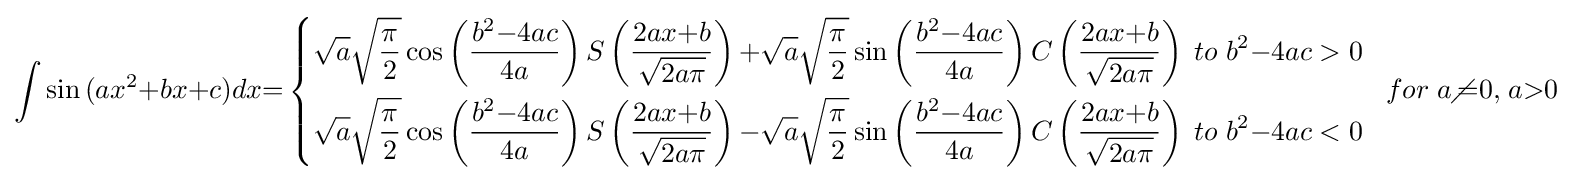
\int {\sin {\mathrm {(} }{ax}^{2}\mathrm {+} {bx}\mathrm {+} {c}{\mathrm {)} }{dx}}\mathrm {=} \left\{{\begin{aligned}&{{\sqrt {a}}{\sqrt {\frac {\mathit {\pi }}{2}}}\cos \left({\frac {{b}^{2}\mathrm {-} {4}{ac}}{4a}}\right){S}\left({\frac {{2}{ax}\mathrm {+} {b}}{\sqrt {{2}{a}{\mathit {\pi }}}}}\right)\mathrm {+} {\sqrt {a}}{\sqrt {\frac {\mathit {\pi }}{2}}}\sin \left({\frac {{b}^{2}\mathrm {-} {4}{ac}}{4a}}\right){C}\left({\frac {{2}{ax}\mathrm {+} {b}}{\sqrt {{2}{a}{\mathit {\pi }}}}}\right)\;{to}\;{b}^{2}\mathrm {-} {4}{ac}\;{\mathrm {>} }\;{0}}\\&{{\sqrt {a}}{\sqrt {\frac {\mathit {\pi }}{2}}}\cos \left({\frac {{b}^{2}\mathrm {-} {4}{ac}}{4a}}\right){S}\left({\frac {{2}{ax}\mathrm {+} {b}}{\sqrt {{2}{a}{\mathit {\pi }}}}}\right)\mathrm {-} {\sqrt {a}}{\sqrt {\frac {\mathit {\pi }}{2}}}\sin \left({\frac {{b}^{2}\mathrm {-} {4}{ac}}{4a}}\right){C}\left({\frac {{2}{ax}\mathrm {+} {b}}{\sqrt {{2}{a}{\mathit {\pi }}}}}\right)\;{to}\;{b}^{2}\mathrm {-} {4}{ac}\;{\mathrm {<} }\;{0}}\end{aligned}}\right.\;\;{for}\;{a}\diagup \!\!\!\!{\mathrm {=} }{0}{\mathrm {,} }\;{a}{\mathrm {>} }{0}